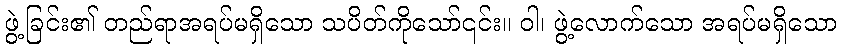
ဖွဲ့ခြင်း၏ တည်ရာအရပ်မရှိသော သပိတ်ကိုသော်၎င်း။ ဝါ၊ ဖွဲ့လောက်သော အရပ်မရှိသော